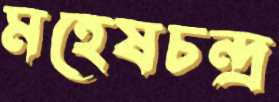
মহেষচন্দ্র